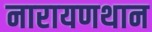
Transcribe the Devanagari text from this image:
नारायणथान